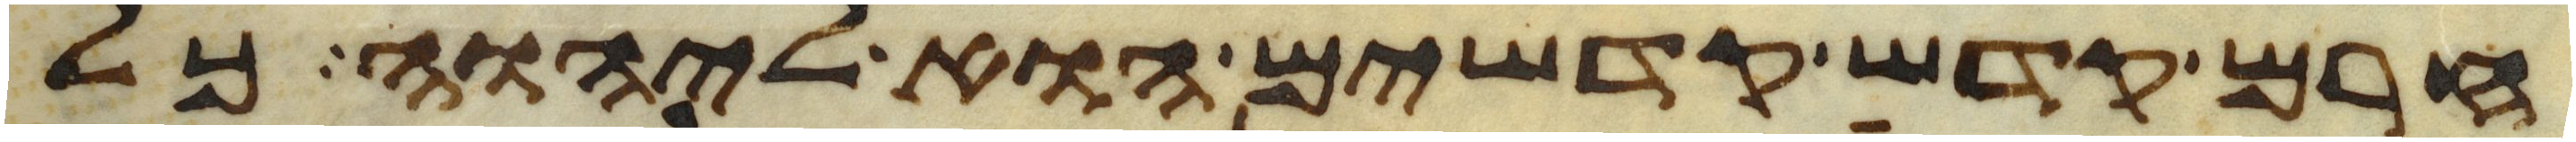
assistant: חרם קדש קדשים הוא ליהוה כל